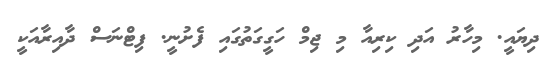
ދިޔައީ. މިހާރު އަދި ކިރިއާ މި ޖިމް ހަގީގަތުގައި ފެށުނީ. ފިޓްނަސް ދާއިރާއަކީ